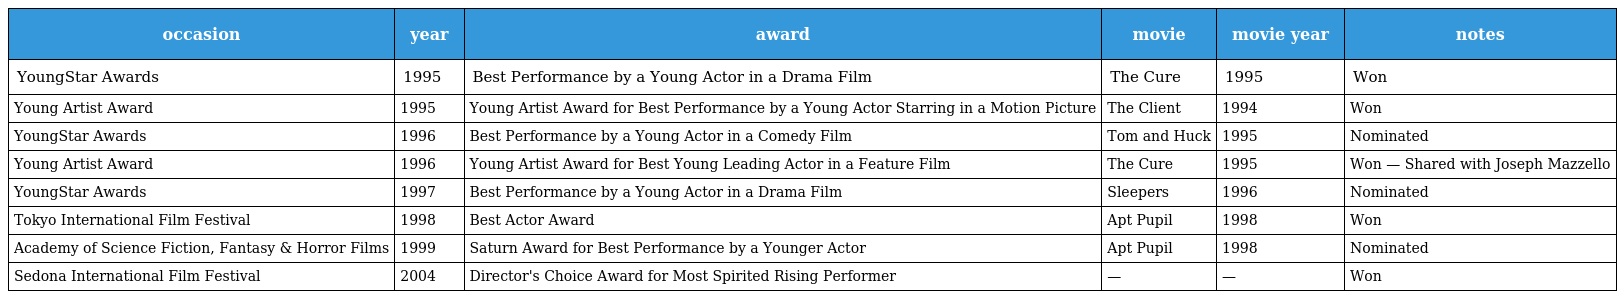
| occasion | year | award | movie | movie year | notes |
 | --- | --- | --- | --- | --- | --- |
 | YoungStar Awards | 1995 | Best Performance by a Young Actor in a Drama Film | The Cure | 1995 | Won |
 | Young Artist Award | 1995 | Young Artist Award for Best Performance by a Young Actor Starring in a Motion Picture | The Client | 1994 | Won |
 | YoungStar Awards | 1996 | Best Performance by a Young Actor in a Comedy Film | Tom and Huck | 1995 | Nominated |
 | Young Artist Award | 1996 | Young Artist Award for Best Young Leading Actor in a Feature Film | The Cure | 1995 | Won — Shared with Joseph Mazzello |
 | YoungStar Awards | 1997 | Best Performance by a Young Actor in a Drama Film | Sleepers | 1996 | Nominated |
 | Tokyo International Film Festival | 1998 | Best Actor Award | Apt Pupil | 1998 | Won |
 | Academy of Science Fiction, Fantasy & Horror Films | 1999 | Saturn Award for Best Performance by a Younger Actor | Apt Pupil | 1998 | Nominated |
 | Sedona International Film Festival | 2004 | Director's Choice Award for Most Spirited Rising Performer | — | — | Won |